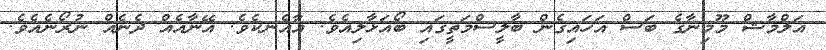
އަލްމާޝް މޫމިނާގެ ބަސް އަހައިގެން ބާލީސްމަތީގައި ބޯއަޅާލިއެވެ. އާއެނކެވެ. އޭނާއެއް ދެނެއް ނުރޯނެއެވެ.